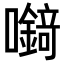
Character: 𡄘